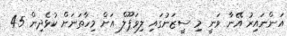
އަންނައިރު އޭނާ ވަނީ މި ސީޒަނުގައި ލިވަޕޫލް އަށް މިހާތަނަށް ކުޅެދިން 45